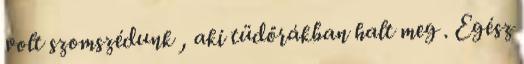
volt szomszédunk , aki tüdőrákban halt meg . Egész